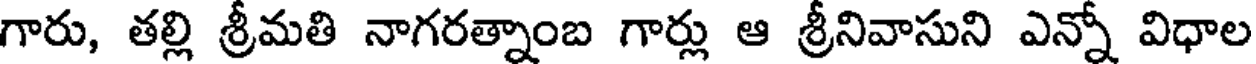
గారు, తల్లి శ్రీమతి నాగరత్నాంబ గార్లు ఆ శ్రీనివాసుని ఎన్నో విధాల